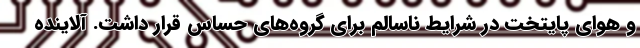
و هوای پایتخت در شرایط ناسالم برای گروه‌های حساس قرار داشت. آلاینده